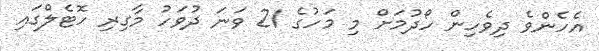
އެހެންވެ ދިވެހިން ހޯދުމަށް މި މަހުގެ 21 ވަނަ ދުވަހު މާގިރި ހޮޓެލްގައި